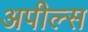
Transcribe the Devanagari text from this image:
अपील्‍स